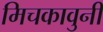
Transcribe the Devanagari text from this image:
मिचकावुनी